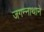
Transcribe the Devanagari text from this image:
जगन्‍नाथाने